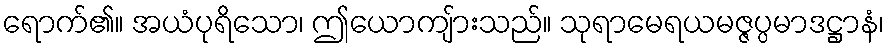
ရောက်၏။ အယံပုရိသော၊ ဤယောကျ်ားသည်။ သုရာမေရယမဇ္ဇပ္ပမာဒဋ္ဌာနံ၊